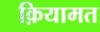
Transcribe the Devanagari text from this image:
क़ियामत